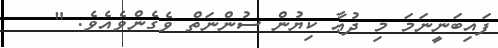
ފައިބަނީނަމަ މި ދުޢާ ކިޔުން ސުންނަތް ވެގެންވެއެވެ. "